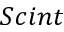
S c i n t